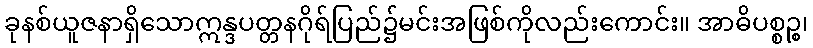
ခုနစ်ယူဇနာရှိသောဣန္ဒပတ္တနဂိုရ်ပြည်၌မင်းအဖြစ်ကိုလည်းကောင်း။ အာဓိပစ္စဉ္စ၊